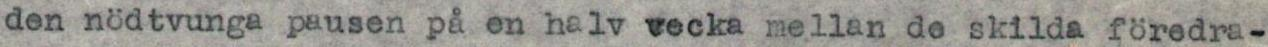
den nödtvunga pausen på en halv vecka mellan de skilda föredra-